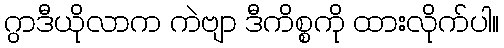
ဂွာဒီယိုလာက ကဲဗျာ ဒီကိစ္စကို ထားလိုက်ပါ။